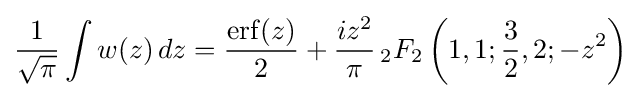
{\frac {1}{\sqrt {\pi }}}\int w(z)\,dz={\frac {\operatorname {erf} (z)}{2}}+{\frac {iz^{2}}{\pi }}\,_{2}F_{2}\left(1,1;{\frac {3}{2}},2;-z^{2}\right)